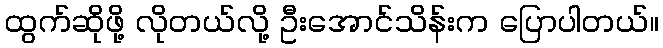
ထွက်ဆိုဖို့ လိုတယ်လို့ ဦးအောင်သိန်းက ပြောပါတယ်။